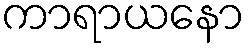
ကာရာယနော